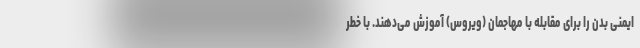
ایمنی بدن را برای مقابله با مهاجمان (ویروس) آموزش می‌دهند. با خطر